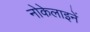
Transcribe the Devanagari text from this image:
नोकेलाइनें